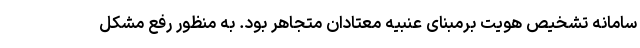
سامانه تشخیص هویت برمبنای عنبیه معتادان متجاهر بود. به منظور رفع مشکل